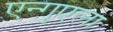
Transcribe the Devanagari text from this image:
एन्गुएला